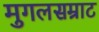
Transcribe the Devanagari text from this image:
मुगलसम्राट